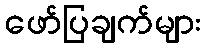
ဖော်ပြချက်များ